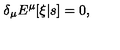
\delta _ { \mu } E ^ { \mu } [ \xi | s ] = 0 ,